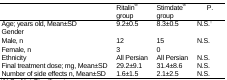
|  | Ritalin® group | Stimdate® group | P. |
 | --- | --- | --- | --- |
 | Age; years old, Mean±SD | 9.2±0.5 | 8.3±0.5 | N.S.† |
 | Gender |  |  | <ROWSPAN=3> N.S. |
 | Male, n | 12 | 15 |
 | Female, n | 3 | 0 |
 | Ethnicity | All Persian | All Persian | N.S. |
 | Final treatment dose; mg, Mean±SD | 29.2±9.1 | 31.4±8.6 | N.S. |
 | Number of side effects n, Mean±SD | 1.6±1.5 | 2.1±2.5 | N.S. |